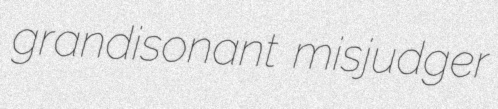
grandisonant misjudger